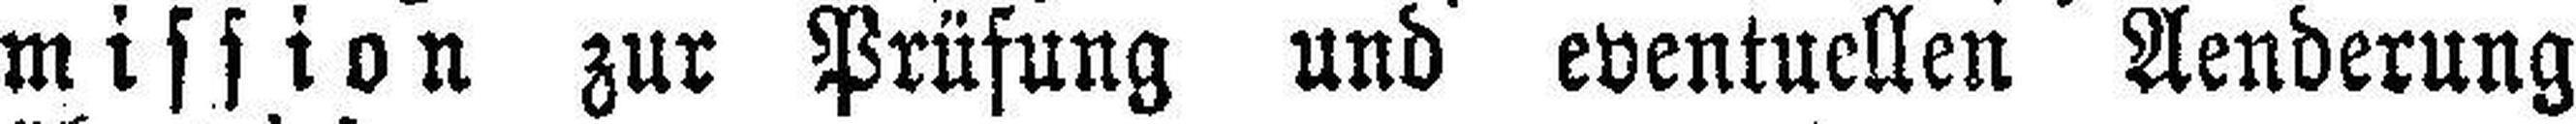
mission zur Prüfung und eventuellen Aenderung